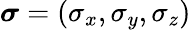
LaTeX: {\boldsymbol\sigma}=(\sigma_{x},\sigma_{y},\sigma_{z})